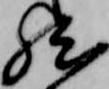
然